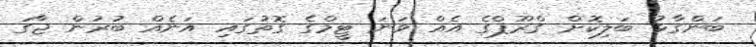
ބަންގާޅު ބަލިކޮށް ގްރޫޕްގެ އެއް ވަނަ ޓީމްގެ ގޮތުގައި އަނެއް ބުރުން ޖާގަ